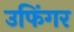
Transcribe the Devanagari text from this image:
उफिंगर